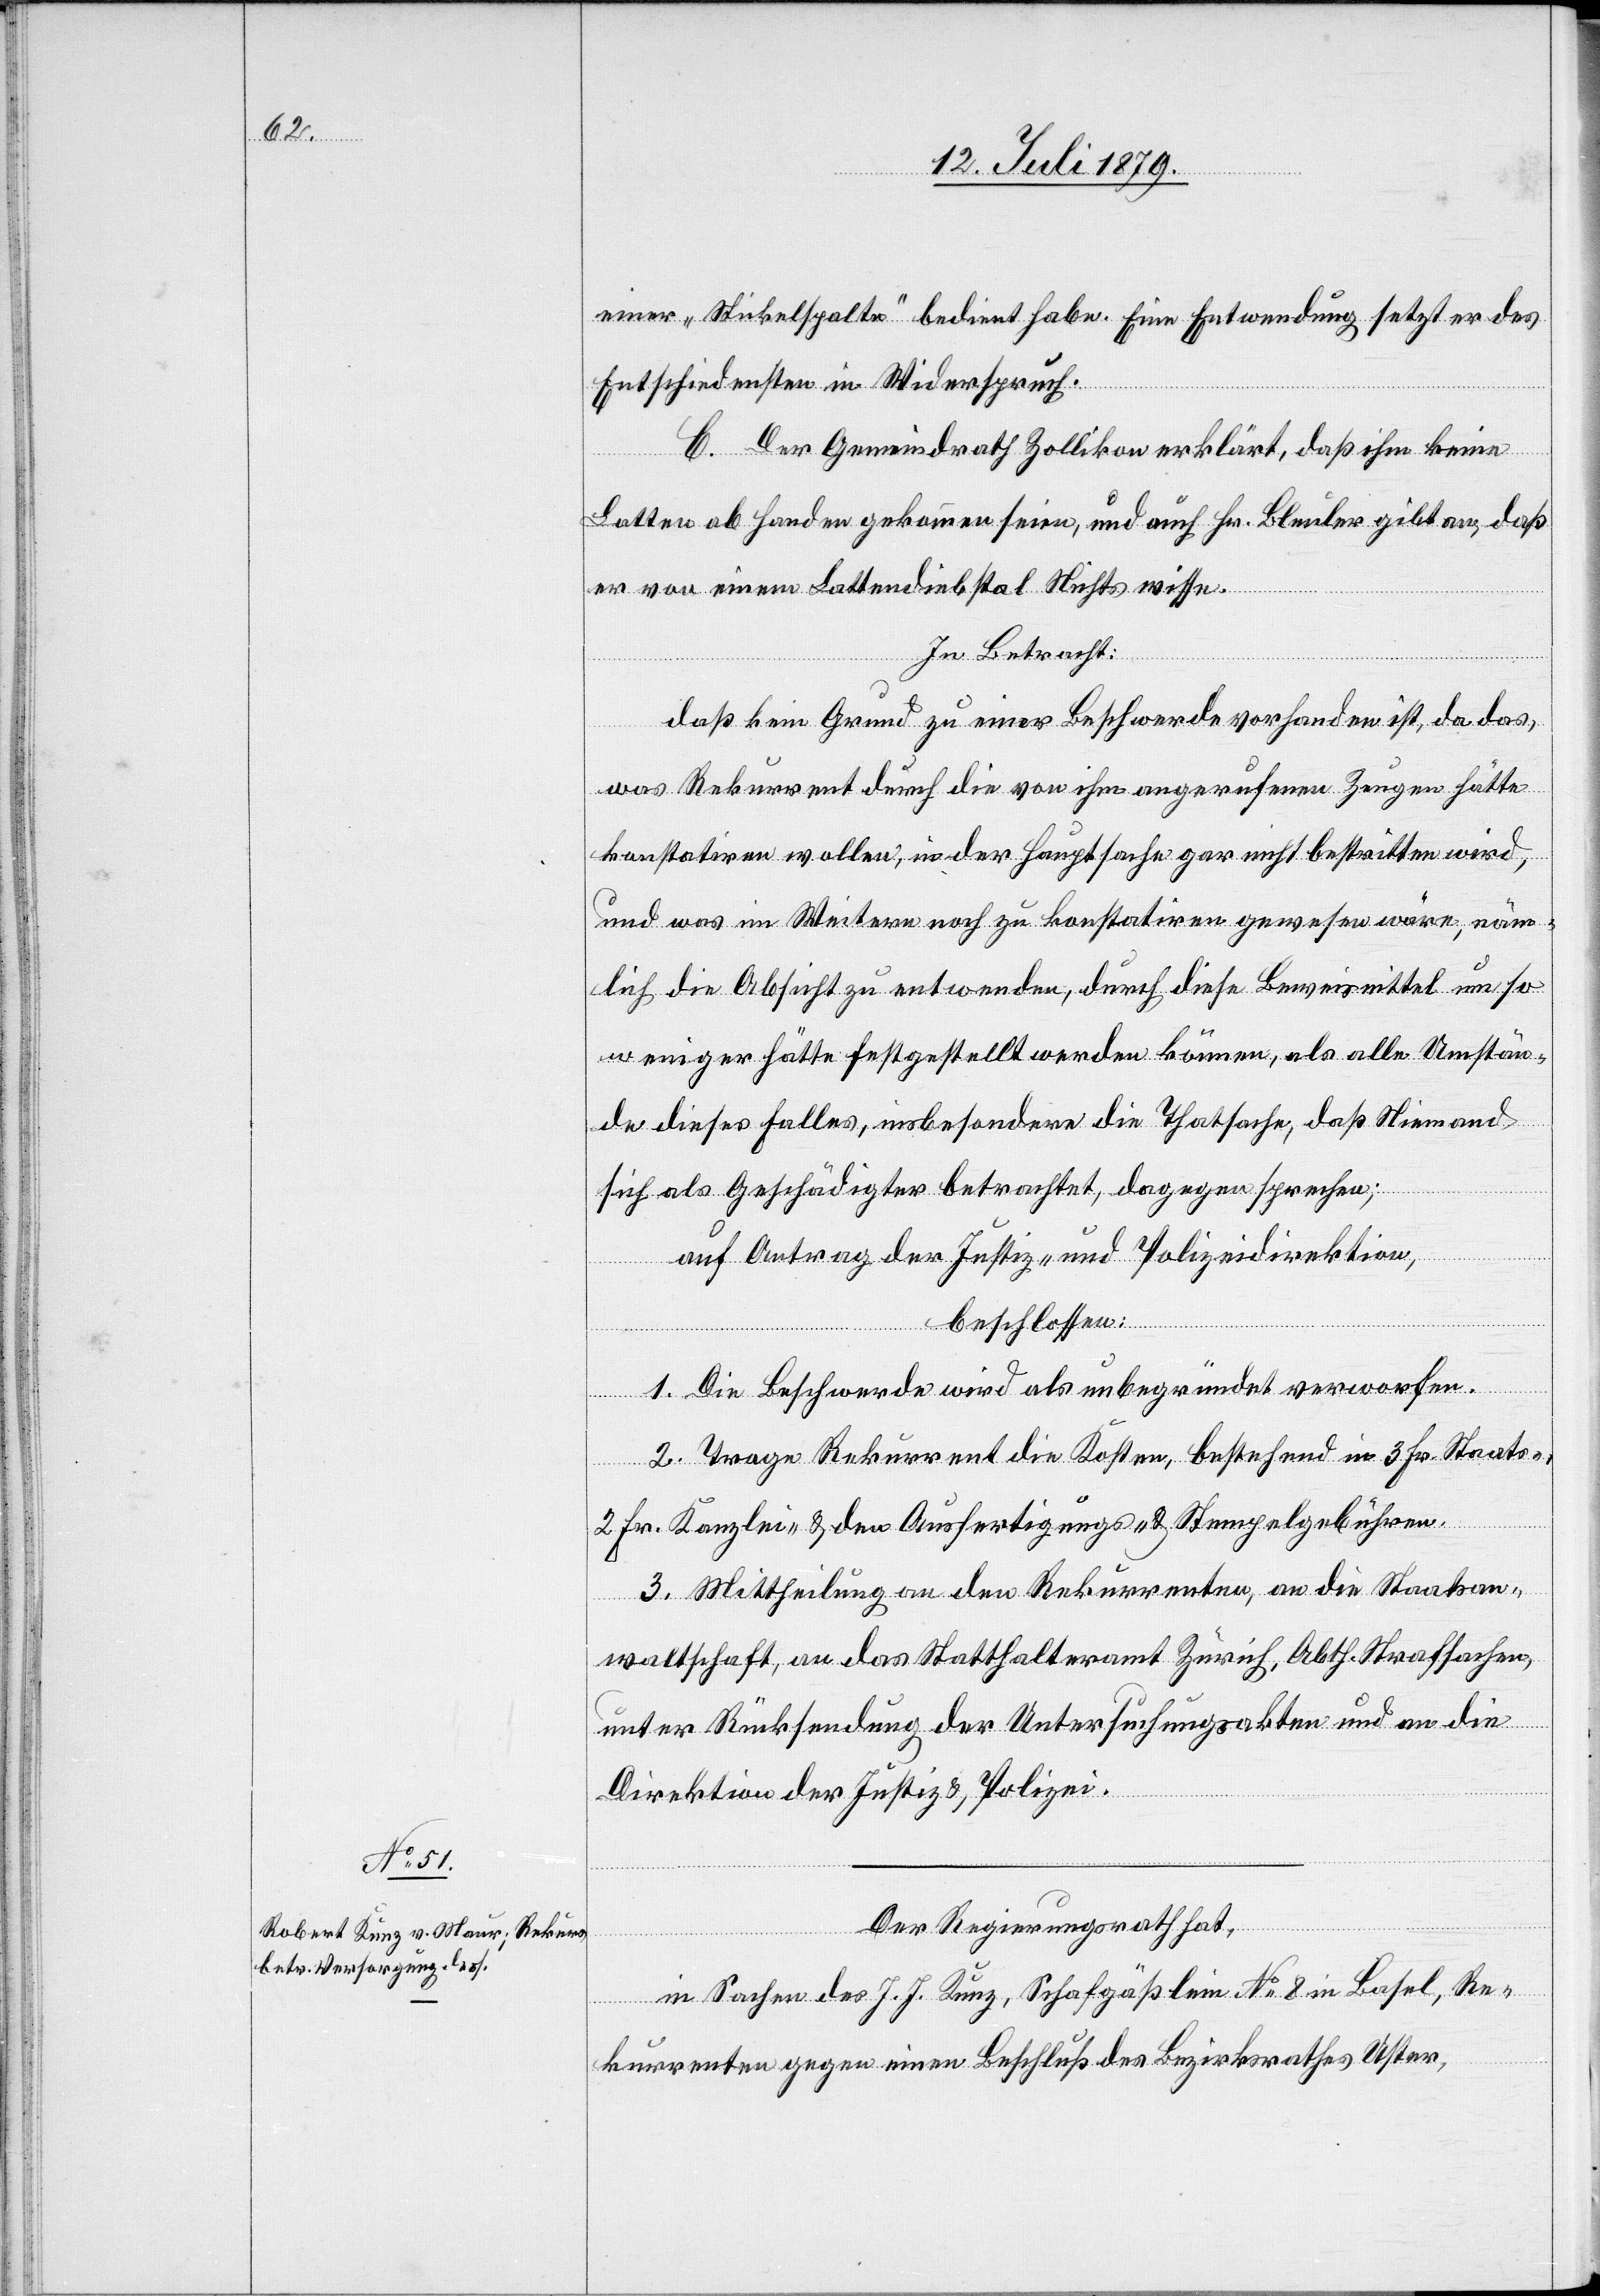
einer „Stickelspalte“ bedient habe. Eine Entwendung setzt er des
Entschiedensten in Widerspruch.
C. Der Gemeindrath Zollikon erklärt, daß ihm keine
Latten ab Handen gekommen seien, und auch Hr. Bleuler gibt an, daß
er von einem Lattendiebstal Nichts wisse.
In Betracht:
daß kein Grund zu einer Beschwerde vorhanden ist, da das,
was Rekurrent durch die von ihm angerufenen Zeugen hätte
konstatiren wollen, in der Hauptsache gar nicht bestritten wird,
und was im Weitern noch zu konstatiren gewesen wäre, näm¬
lich die Absicht zu entwenden, durch diese Beweismittel um so
weniger hätte festgestellt werden können, als alle Umstän¬
de dieses Falles, insbesondere die Thatsache, daß Niemand
sich als Geschädigter betrachtet, dagegen sprechen;
auf Antrag der Justiz- & Polizeidirektion,
beschlossen:
1. Die Beschwerde wird als unbegründet verworfen.
2. Trage Rekurrent die Kosten, bestehend in 3 Fr. Staats-,
2 Fr. Kanzlei- & den Ausfertigungs- & Stempelgebühren.
3. Mittheilung an den Rekurrenten, an die Staatsan¬
waltschaft, an das Statthalteramt Zürich, Abth. Strafsachen,
unter Rücksendung der Untersuchungsakten und an die
Direktion der Justiz & Polizei.
Der Regierungsrath hat,
in Sachen des J. J. Kunz, Schafgäßlein No 8 in Basel, Re¬
kurrenten gegen einen Beschluß des Bezirksrathes Uster,